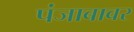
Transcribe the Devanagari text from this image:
पंजाबावर